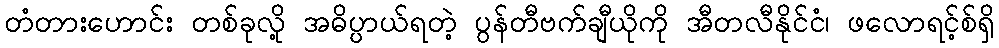
တံတားဟောင်း တစ်ခုလို့ အဓိပ္ပာယ်ရတဲ့ ပွန်တီဗက်ချီယိုကို အီတလီနိုင်ငံ၊ ဖလောရင့်စ်ရှိ